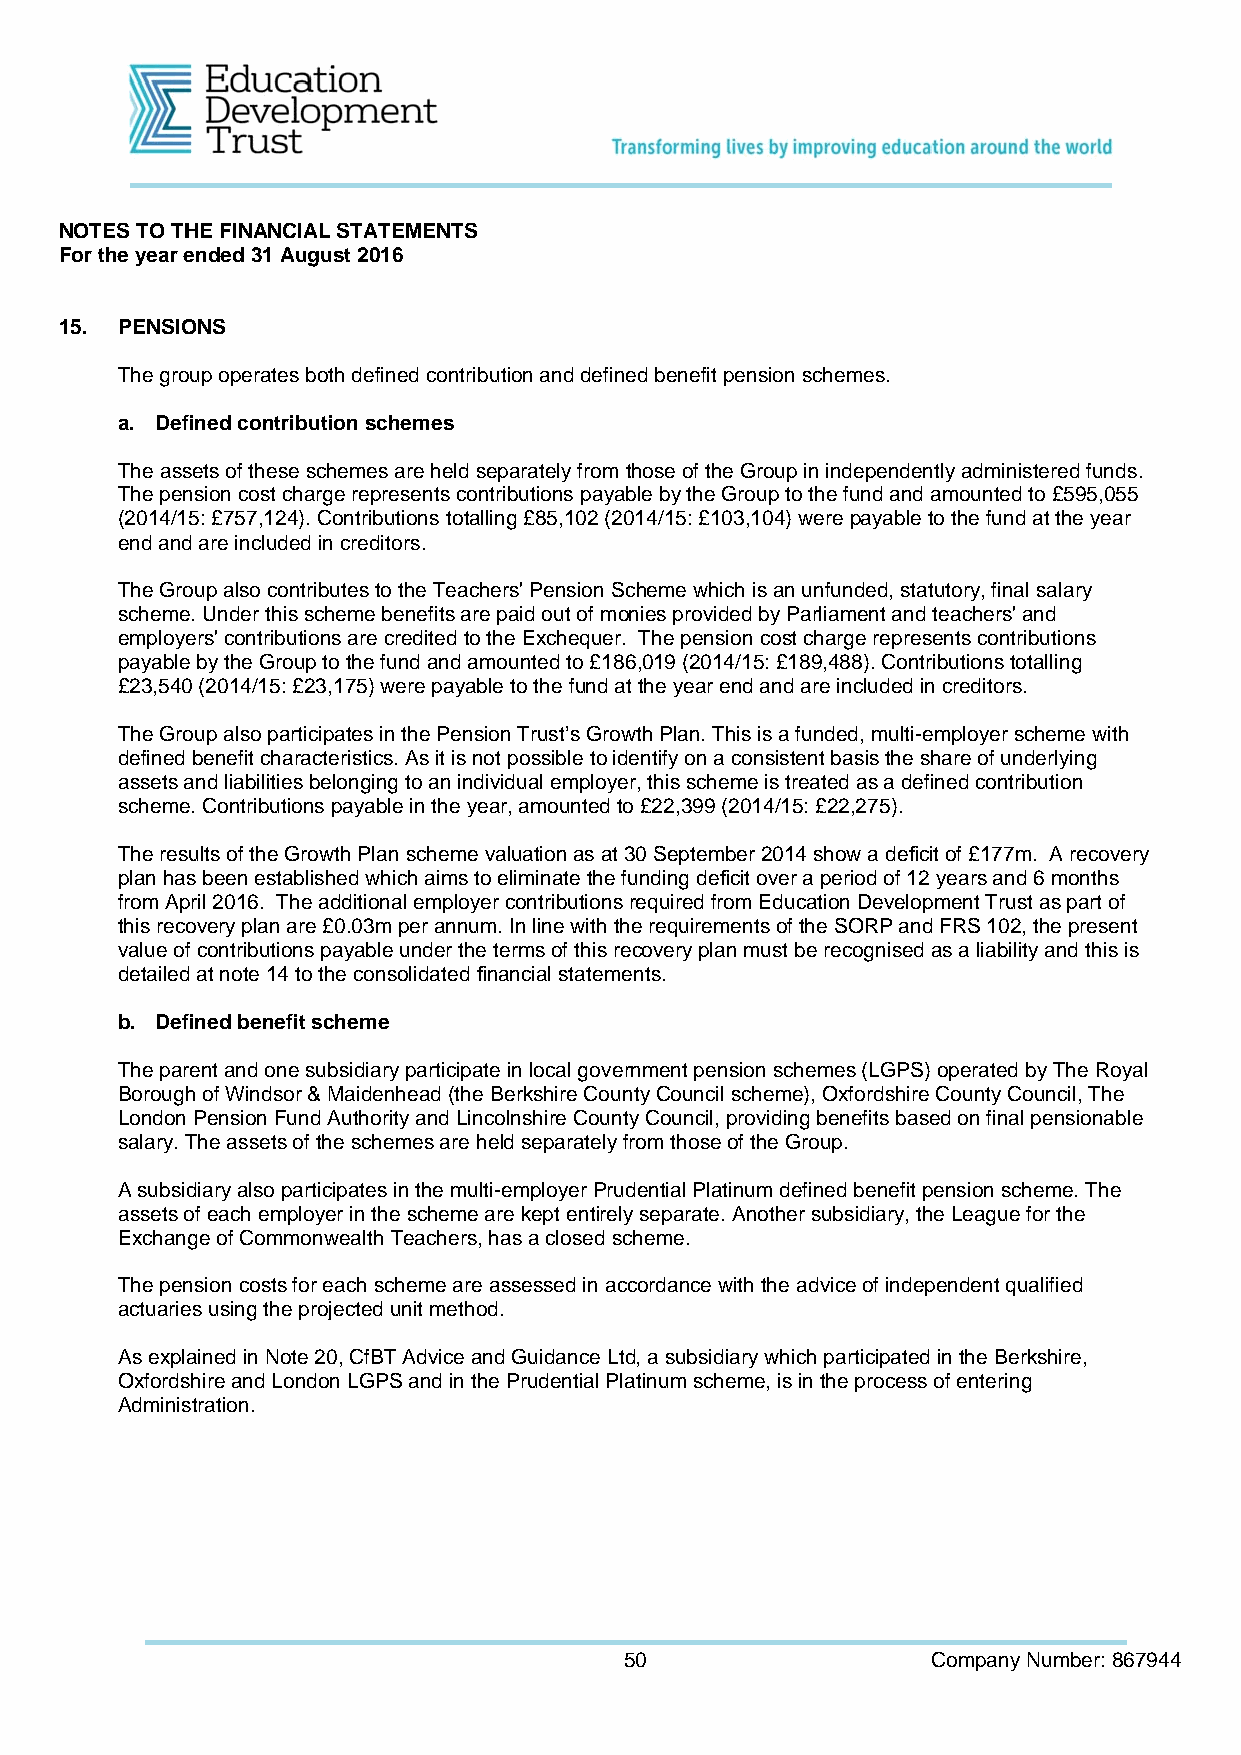
NOTES TO THE FINANCIAL STATEMENTS
 For the year ended 31 August 2016
 15. PENSIONS
 The group operates both defined contribution and defined benefit pension schemes.
 a. Defined contribution schemes
 The assets of these schemes are held separately from those of the Group in independently administered funds.
 The pension cost charge represents contributions payable by the Group to the fund and amounted to £595,055
 (2014/15: £757,124). Contributions totalling £85,102 (2014/15: £103,104) were payable to the fund at the year
 end and are included in creditors.
 The Group also contributes to the Teachers' Pension Scheme which is an unfunded, statutory, final salary
 scheme. Under this scheme benefits are paid out of monies provided by Parliament and teachers' and
 employers' contributions are credited to the Exchequer. The pension cost charge represents contributions
 payable by the Group to the fund and amounted to £186,019 (2014/15: £189,488). Contributions totalling
 £23,540 (2014/15: £23,175) were payable to the fund at the year end and are included in creditors.
 The Group also participates in the Pension Trust’s Growth Plan. This is a funded, multi-employer scheme with
 defined benefit characteristics. As it is not possible to identify on a consistent basis the share of underlying
 assets and liabilities belonging to an individual employer, this scheme is treated as a defined contribution
 scheme. Contributions payable in the year, amounted to £22,399 (2014/15: £22,275).
 The results of the Growth Plan scheme valuation as at 30 September 2014 show a deficit of £177m. A recovery
 plan has been established which aims to eliminate the funding deficit over a period of 12 years and 6 months
 from April 2016. The additional employer contributions required from Education Development Trust as part of
 this recovery plan are £0.03m per annum. In line with the requirements of the SORP and FRS 102, the present
 value of contributions payable under the terms of this recovery plan must be recognised as a liability and this is
 detailed at note 14 to the consolidated financial statements.
 b. Defined benefit scheme
 The parent and one subsidiary participate in local government pension schemes (LGPS) operated by The Royal
 Borough of Windsor & Maidenhead (the Berkshire County Council scheme), Oxfordshire County Council, The
 London Pension Fund Authority and Lincolnshire County Council, providing benefits based on final pensionable
 salary. The assets of the schemes are held separately from those of the Group.
 A subsidiary also participates in the multi-employer Prudential Platinum defined benefit pension scheme. The
 assets of each employer in the scheme are kept entirely separate. Another subsidiary, the League for the
 Exchange of Commonwealth Teachers, has a closed scheme.
 The pension costs for each scheme are assessed in accordance with the advice of independent qualified
 actuaries using the projected unit method.
 As explained in Note 20, CfBT Advice and Guidance Ltd, a subsidiary which participated in the Berkshire,
 Oxfordshire and London LGPS and in the Prudential Platinum scheme, is in the process of entering
 Administration.
 50                   Company Number: 867944